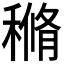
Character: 𥠿